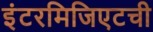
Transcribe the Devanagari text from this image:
इंटरमिजिएटची